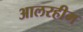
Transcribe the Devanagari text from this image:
आलरहीम